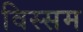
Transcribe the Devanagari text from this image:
विस्सम